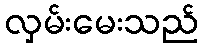
လှမ်းမေးသည်